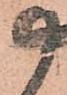
尉